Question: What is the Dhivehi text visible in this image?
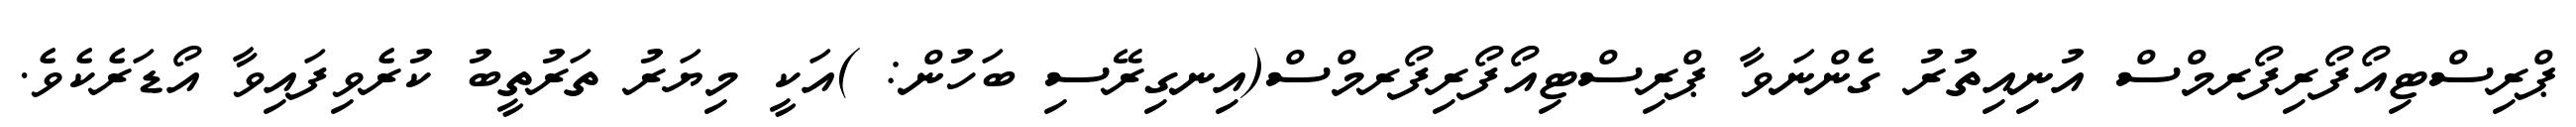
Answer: ޕްރިސްޓިއޯފޯރިފޯރމްސް އުނިއިތުރު ގެންނަވާ ޕްރިސްޓިއޯފޯރިފޯރމްސް(އިނގިރޭސި ބަހުން: )އަކީ މިޔަރު ތަރުތީބު ކުރެވިފައިވާ އޯޑަރެކެވެ.